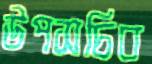
উপসচিব